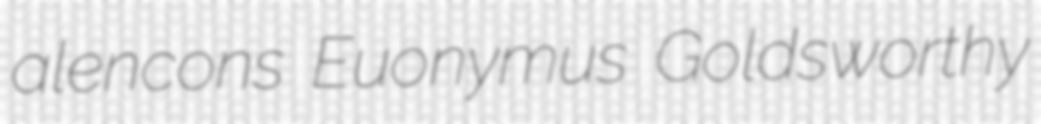
alencons Euonymus Goldsworthy